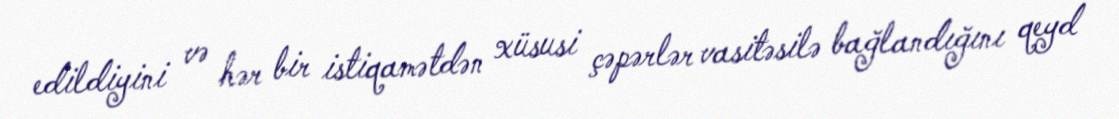
edildiyini və hər bir istiqamətdən xüsusi çəpərlər vasitəsilə bağlandığını qeyd